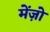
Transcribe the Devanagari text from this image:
मेंज़ो